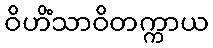
ဝိဟိံသာဝိတက္ကာယ